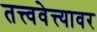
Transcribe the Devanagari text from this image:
तत्त्ववेत्त्यावर